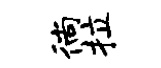
徜拉